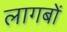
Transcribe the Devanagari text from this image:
लागबों